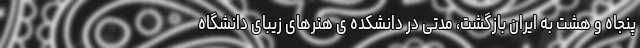
پنجاه و هشت به ایران بازگشت، مدتی در دانشکده ی هنرهای زیبای دانشگاه